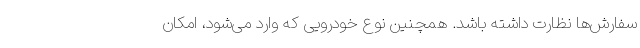
سفارش‌ها نظارت داشته باشد. همچنین نوع خودرویی که وارد می‌شود، امکان